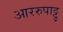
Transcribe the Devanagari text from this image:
आररुपाट्टु